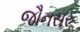
જૌનસર